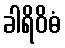
ခါရိဝိဓံ